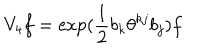
V _ { 4 } f = \exp ( \frac { 1 } { 2 } b _ { k } \theta ^ { k j } b _ { j } ) f